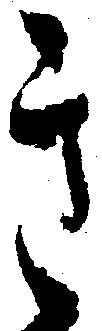
き